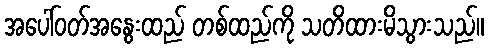
အပေါ်ဝတ်အနွေးထည် တစ်ထည်ကို သတိထားမိသွားသည်။